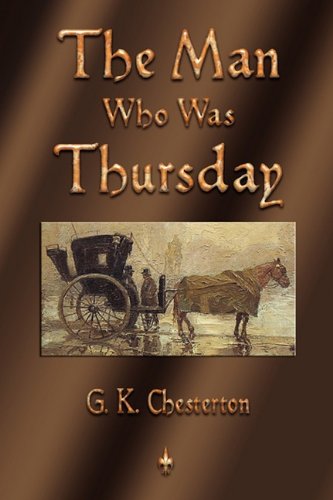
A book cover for The Man Who Was Thursday; G. K. Chesterton; Mystery, Thriller & Suspense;